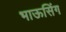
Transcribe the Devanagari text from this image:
भाऊसिंग